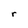
Character: r